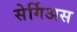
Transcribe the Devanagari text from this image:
सेर्गिअस